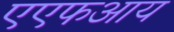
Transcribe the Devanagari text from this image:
एएफआय